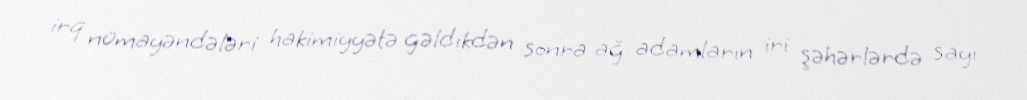
irq nümayəndələri hakimiyyətə gəldikdən sonra ağ adamların iri şəhərlərdə sayı